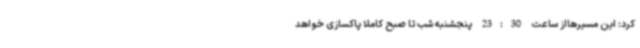
کرد: این مسیرهااز ساعت 23:30 پنجشنبه شب تا صبح کاملا پاکسازی خواهد